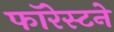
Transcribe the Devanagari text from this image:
फॉरेस्टने